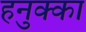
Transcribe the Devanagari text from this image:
हनुक्का